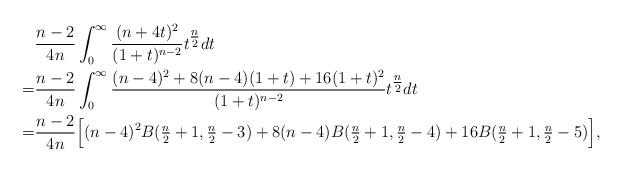
LaTeX: \begin{align*}& \frac{n-2}{4n}\int_0^\infty\frac{(n+4t)^2}{(1+t)^{n-2}}t^{\tfrac{n}{2}}dt \\=& \frac{n-2}{4n}\int_0^\infty\frac{(n-4)^2+8(n-4)(1+t)+16(1+t)^2}{(1+t)^{n-2}}t^{\tfrac{n}{2}}dt \\=& \frac{n-2}{4n}\Big[(n-4)^2B(\tfrac{n}{2}+1,\tfrac{n}{2}-3)+8(n-4)B(\tfrac{n}{2}+1,\tfrac{n}{2}-4)+16B(\tfrac{n}{2}+1,\tfrac{n}{2}-5)\Big],\end{align*}